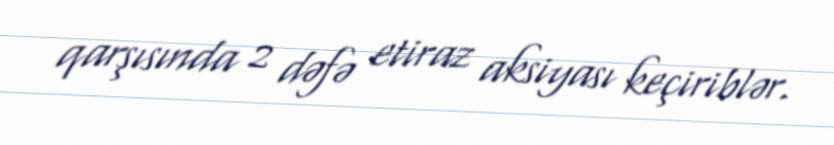
qarşısında 2 dəfə etiraz aksiyası keçiriblər.